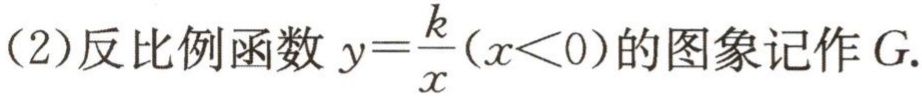
(2)反比例函数\(y = \frac{k}{x}(x<0)\)的图象记作\(G\).